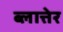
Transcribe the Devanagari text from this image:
ब्लात्तेर